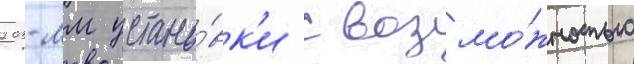
203-мм устано́вк'и с возмо́жностью